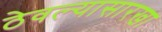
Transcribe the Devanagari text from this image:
ठेवल्यासारखा